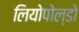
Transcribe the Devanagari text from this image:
लियोपोल्डो